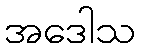
အဒေါသ